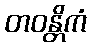
တဝန္တိကံ